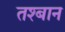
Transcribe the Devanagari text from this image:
तश्बान